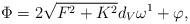
LaTeX: \begin{align*}\Phi=2\sqrt{F^2+K^2}d_V\omega^1+\varphi,\end{align*}